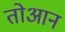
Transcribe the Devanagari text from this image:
तोआन